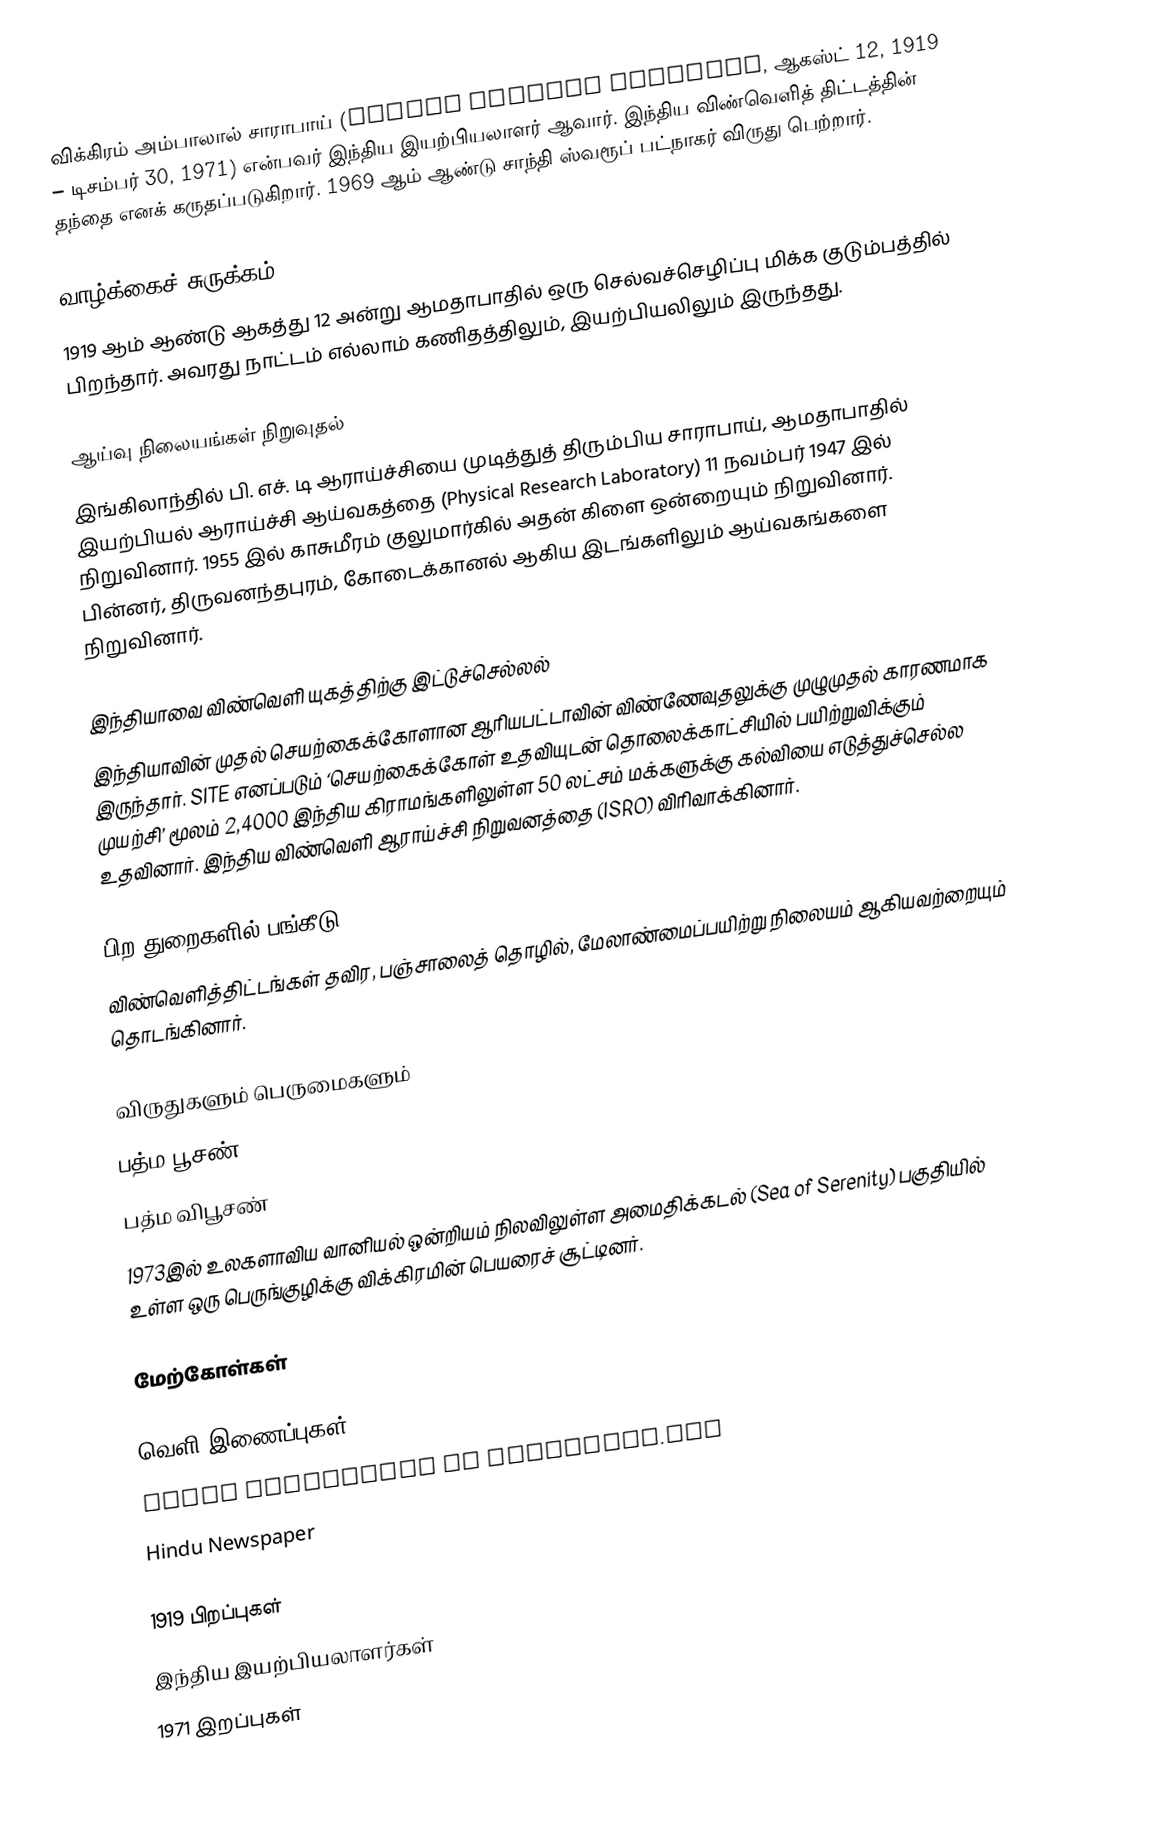
விக்கிரம் அம்பாலால் சாராபாய் (Vikram Ambalal Sarabhai, ஆகஸ்ட் 12, 1919 – டிசம்பர் 30, 1971) என்பவர் இந்திய இயற்பியலாளர் ஆவார். இந்திய விண்வெளித் திட்டத்தின் தந்தை எனக் கருதப்படுகிறார். 1969 ஆம் ஆண்டு சாந்தி ஸ்வரூப் பட்நாகர் விருது பெற்றார்.

வாழ்க்கைச் சுருக்கம்
1919 ஆம் ஆண்டு ஆகத்து 12 அன்று ஆமதாபாதில் ஒரு செல்வச்செழிப்பு மிக்க குடும்பத்தில் பிறந்தார். அவரது நாட்டம் எல்லாம் கணிதத்திலும், இயற்பியலிலும் இருந்தது.

ஆய்வு நிலையங்கள் நிறுவுதல்
இங்கிலாந்தில் பி. எச். டி ஆராய்ச்சியை முடித்துத் திரும்பிய சாராபாய், ஆமதாபாதில் இயற்பியல் ஆராய்ச்சி ஆய்வகத்தை (Physical Research Laboratory) 11 நவம்பர் 1947 இல் நிறுவினார். 1955 இல் காசுமீரம் குலுமார்கில் அதன் கிளை ஒன்றையும் நிறுவினார். பின்னர், திருவனந்தபுரம், கோடைக்கானல் ஆகிய இடங்களிலும் ஆய்வகங்களை நிறுவினார்.

இந்தியாவை விண்வெளி யுகத்திற்கு இட்டுச்செல்லல்
இந்தியாவின் முதல் செயற்கைக்கோளான ஆரியபட்டாவின் விண்ணேவுதலுக்கு முழுமுதல் காரணமாக இருந்தார். SITE எனப்படும் ‘செயற்கைக்கோள் உதவியுடன் தொலைக்காட்சியில் பயிற்றுவிக்கும் முயற்சி’ மூலம் 2,4000 இந்திய கிராமங்களிலுள்ள 50 லட்சம் மக்களுக்கு கல்வியை எடுத்துச்செல்ல உதவினார். இந்திய விண்வெளி ஆராய்ச்சி நிறுவனத்தை (ISRO) விரிவாக்கினார்.

பிற துறைகளில் பங்கீடு
விண்வெளித்திட்டங்கள் தவிர, பஞ்சாலைத் தொழில், மேலாண்மைப்பயிற்று நிலையம் ஆகியவற்றையும் தொடங்கினார்.

விருதுகளும் பெருமைகளும்
 பத்ம பூசண்
 பத்ம விபூசண்
 1973இல் உலகளாவிய வானியல் ஒன்றியம் நிலவிலுள்ள அமைதிக்கடல் (Sea of Serenity) பகுதியில் உள்ள ஒரு பெருங்குழிக்கு விக்கிரமின் பெயரைச் சூட்டினர்.

மேற்கோள்கள்

வெளி இணைப்புகள்
 Great Scientists at freeindia.org
 Hindu Newspaper

1919 பிறப்புகள்
இந்திய இயற்பியலாளர்கள்
1971 இறப்புகள்